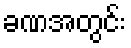
ခဏအတွင်း